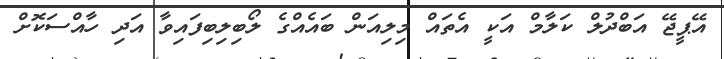
އޭޕީޖޭ އަބްދުލް ކަލާމް އަކީ އެތައް މިލިއަން ބައެއްގެ ލޯބިލިބިފައިވާ އަދި ހާއްސަކޮށް